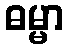
ဓမ္မာ